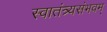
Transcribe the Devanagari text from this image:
स्वातंत्र्यसंभवम्